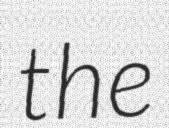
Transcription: the